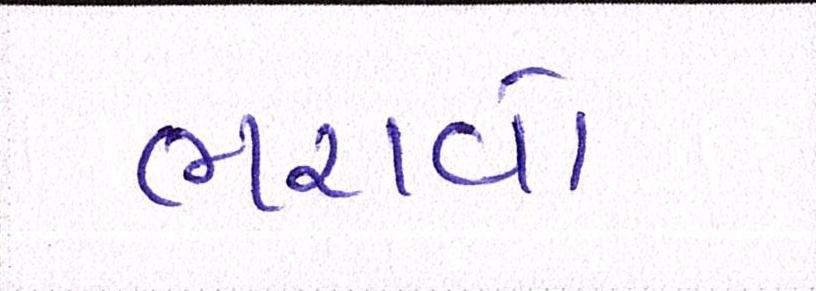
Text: ભરાવોઃ